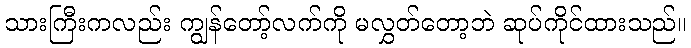
သားကြီးကလည်း ကျွန်တော့်လက်ကို မလွှတ်တော့ဘဲ ဆုပ်ကိုင်ထားသည်။